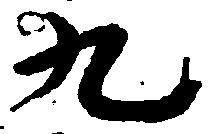
九